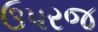
ઉપરજ